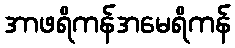
အာဖရိကန်အမေရိကန်